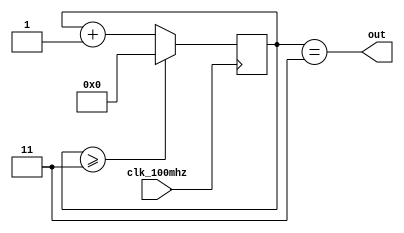
`timescale 1ns / 1ps
//////////////////////////////////////////////////////////////////////////////////
// Company: 
// Engineer: 
// 
// Design Name: 
// Module Name: pixel_clk
// Project Name: 
// Target Devices: 
// Tool Versions: 
// Description: 
// 
// Dependencies: 
// 
// Revision:
// Revision 0.01 - File Created
// Additional Comments:
// 
//////////////////////////////////////////////////////////////////////////////////


module pixel_clk(
    input wire clk_100mhz,
    output wire out // 25.2 Mhz output
);

    reg [3:0] count = 0;
    
    always @(posedge clk_100mhz) count <= count >= 3 ? 0 : count + 1;
    
    assign out = count == 3;
endmodule